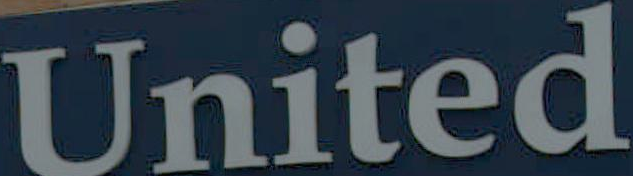
United